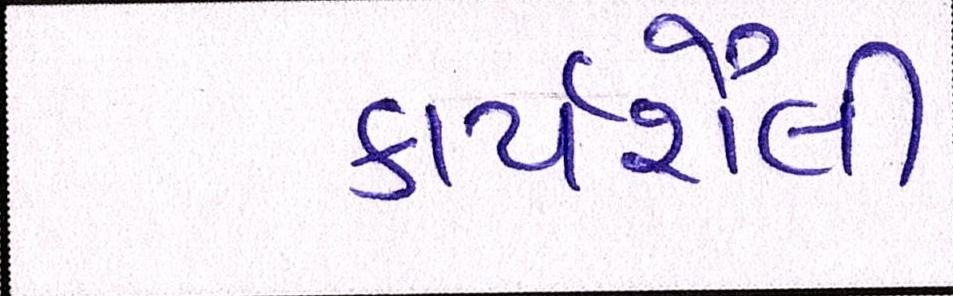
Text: કાર્યશૈલી